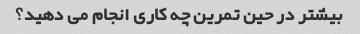
بیشتر در حین تمرین چه کاری انجام می دهید؟